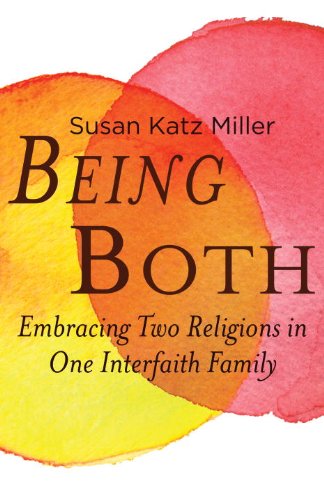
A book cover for Being Both: Embracing Two Religions in One Interfaith Family; Susan Katz Miller; Christian Books & Bibles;